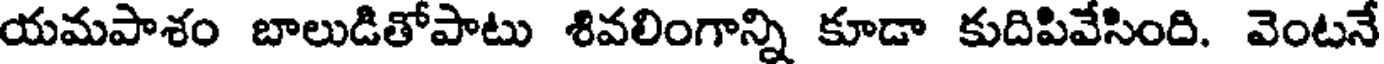
యమపాశం బాలుడితోపాటు శివలింగాన్ని కూడా కుదిపివేసింది. వెంటనే